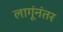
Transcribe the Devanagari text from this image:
लागूंनंतर